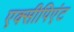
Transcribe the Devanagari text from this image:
एक्सीपिएंट